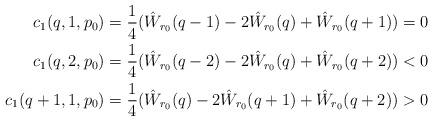
LaTeX: \begin{align*}c_1(q,1,p_0) &= \frac{1}{4}(\hat W_{r_0}(q-1) - 2 \hat W_{r_0}(q) + \hat W_{r_0}(q+1)) = 0\\c_1(q,2,p_0) &= \frac{1}{4}(\hat W_{r_0}(q-2) - 2 \hat W_{r_0}(q) + \hat W_{r_0}(q+2)) < 0\\c_1(q+1,1,p_0) &= \frac{1}{4}(\hat W_{r_0}(q) - 2\hat W_{r_0}(q+1) + \hat W_{r_0}(q+2)) > 0\end{align*}